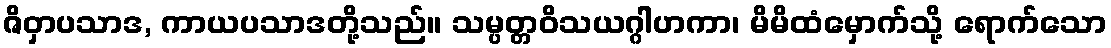
ဇိဝှာပသာဒ, ကာယပသာဒတို့သည်။ သမ္ပတ္တဝိသယဂ္ဂါဟကာ၊ မိမိထံမှောက်သို့ ရောက်သော